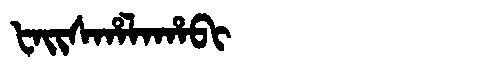
Manchu: ᡶᠠᡳᠰᡥᠠᠯᠠᡥᠠᠪᡳ
Romanization: FAISHALAHABI